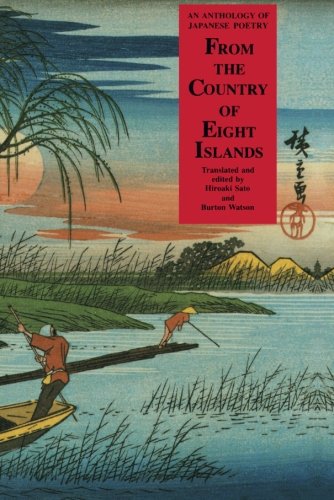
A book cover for From the Country of Eight Islands: An Anthology of Japanese Poetry; Literature & Fiction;